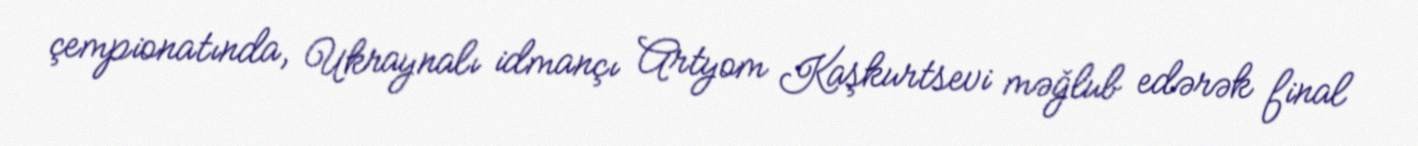
çempionatında, Ukraynalı idmançı Artyom Kaşkurtsevi məğlub edərək final